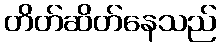
တိတ်ဆိတ်နေသည်